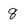
Character: 8